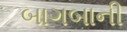
બાગબાની